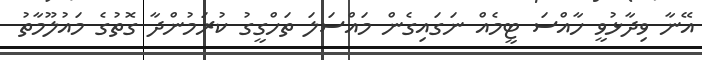
އޭނާ ވިދާޅުވީ ހާއްސަ ޓީމެއް ނަގައިގެން މައްސަލަ ތަހްގީގު ކުރަމުންދާ ގޮތުގެ މައުލޫމާތު